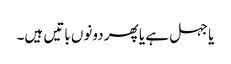
یا جہل ہے یا پھر دونوں باتیں ہیں۔